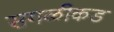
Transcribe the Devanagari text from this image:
सगळीकड